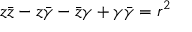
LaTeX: z { \bar { z } } - z { \bar { \gamma } } - { \bar { z } } \gamma + \gamma { \bar { \gamma } } = r ^ { 2 }